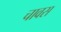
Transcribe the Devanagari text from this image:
चावस